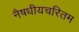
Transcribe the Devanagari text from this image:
नैषधीयचरितम